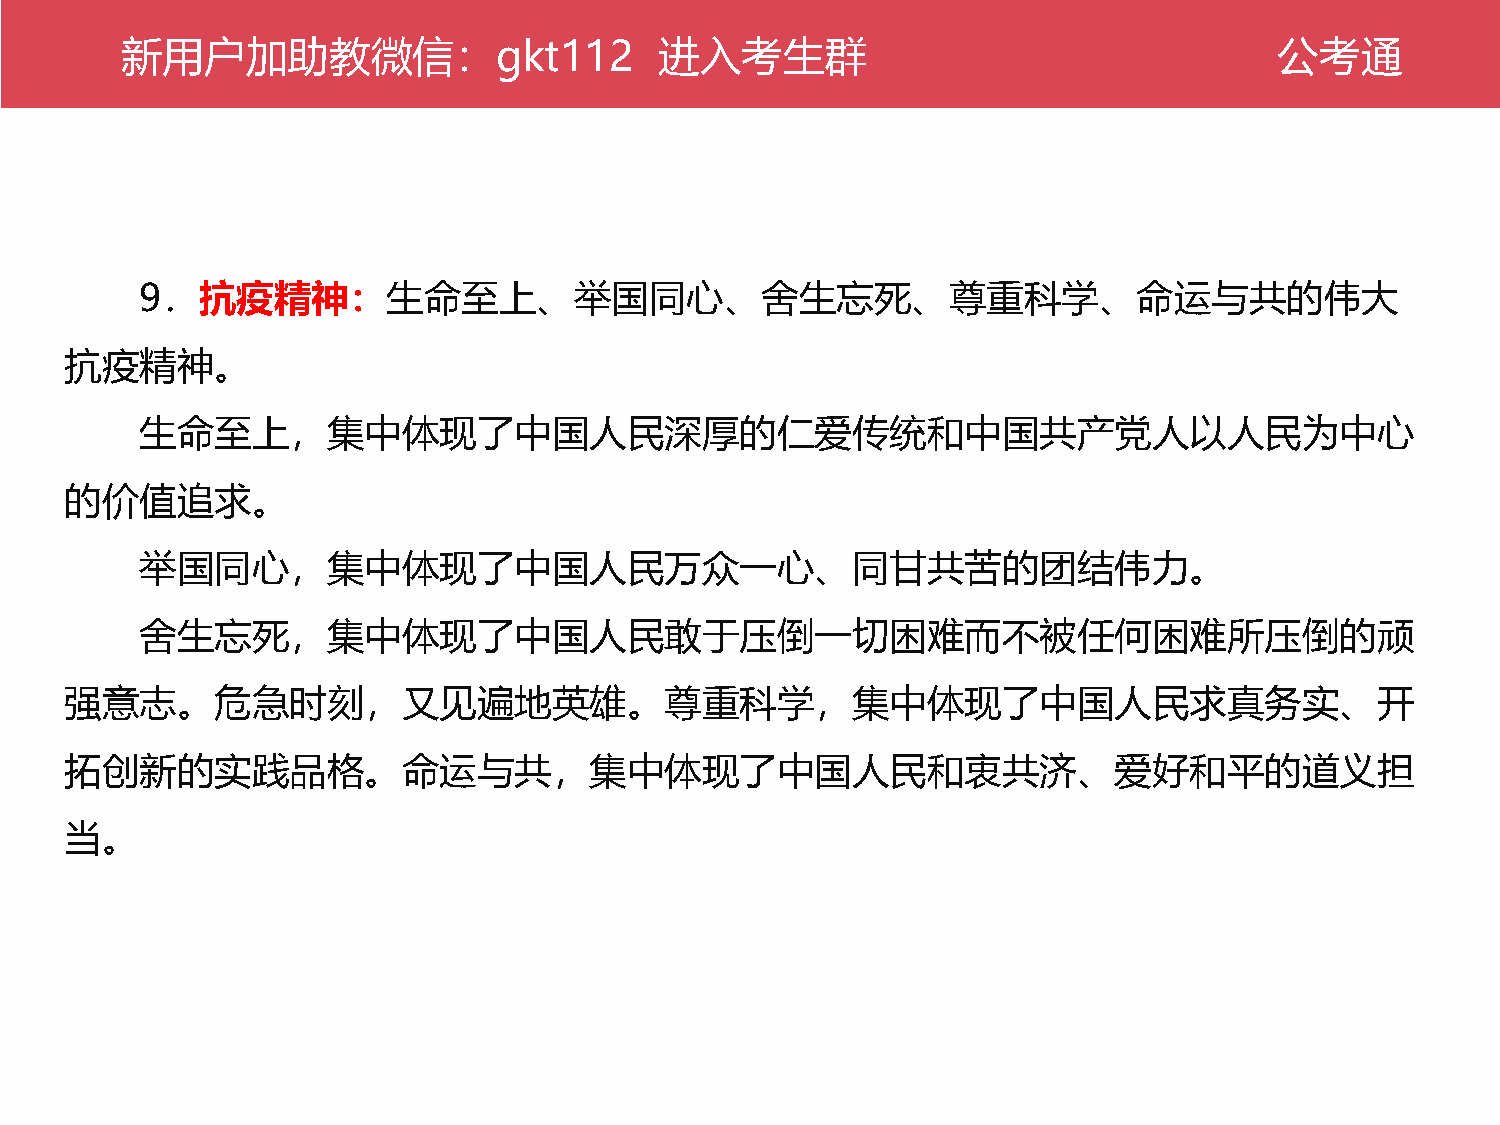
新公用考户通加助教微信：gkt112                  进入考生群                                    公考通
 9．抗疫精神：生命至上、举国同心、舍生忘死、尊重科学、命运与共的伟大
 抗疫精神。
 生命至上，集中体现了中国人民深厚的仁爱传统和中国共产党人以人民为中心
 的价值追求。
 举国同心，集中体现了中国人民万众一心、同甘共苦的团结伟力。
 舍生忘死，集中体现了中国人民敢于压倒一切困难而不被任何困难所压倒的顽
 强意志。危急时刻，又见遍地英雄。尊重科学，集中体现了中国人民求真务实、开
 拓创新的实践品格。命运与共，集中体现了中国人民和衷共济、爱好和平的道义担
 当。